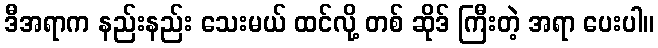
ဒီအရာက နည်းနည်း သေးမယ် ထင်လို့ တစ် ဆိုဒ် ကြီးတဲ့ အရာ ပေးပါ။